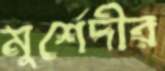
মুর্শেদীর